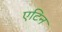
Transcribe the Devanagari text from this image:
एटिन